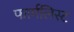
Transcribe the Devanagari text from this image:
फार्मलिस्ट